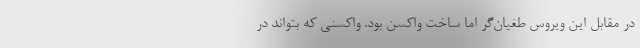
در مقابل این ویروس طغیان‌گر اما ساخت واکسن بود. واکسنی که بتواند در